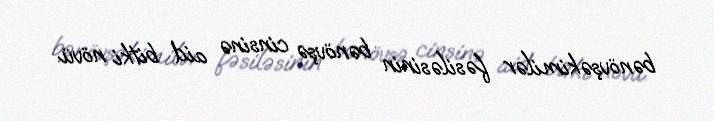
bənövşəkimilər fəsiləsinin bənövşə cinsinə aid bitki növü.